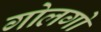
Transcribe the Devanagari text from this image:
गोलगो